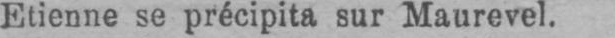
Etienne se précipita sur Maurevel.